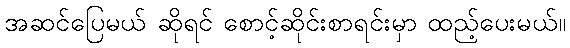
အဆင်ပြေမယ် ဆိုရင် စောင့်ဆိုင်းစာရင်းမှာ ထည့်ပေးမယ်။